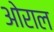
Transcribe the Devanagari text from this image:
ओराल